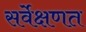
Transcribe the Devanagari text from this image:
सर्वेक्षणत